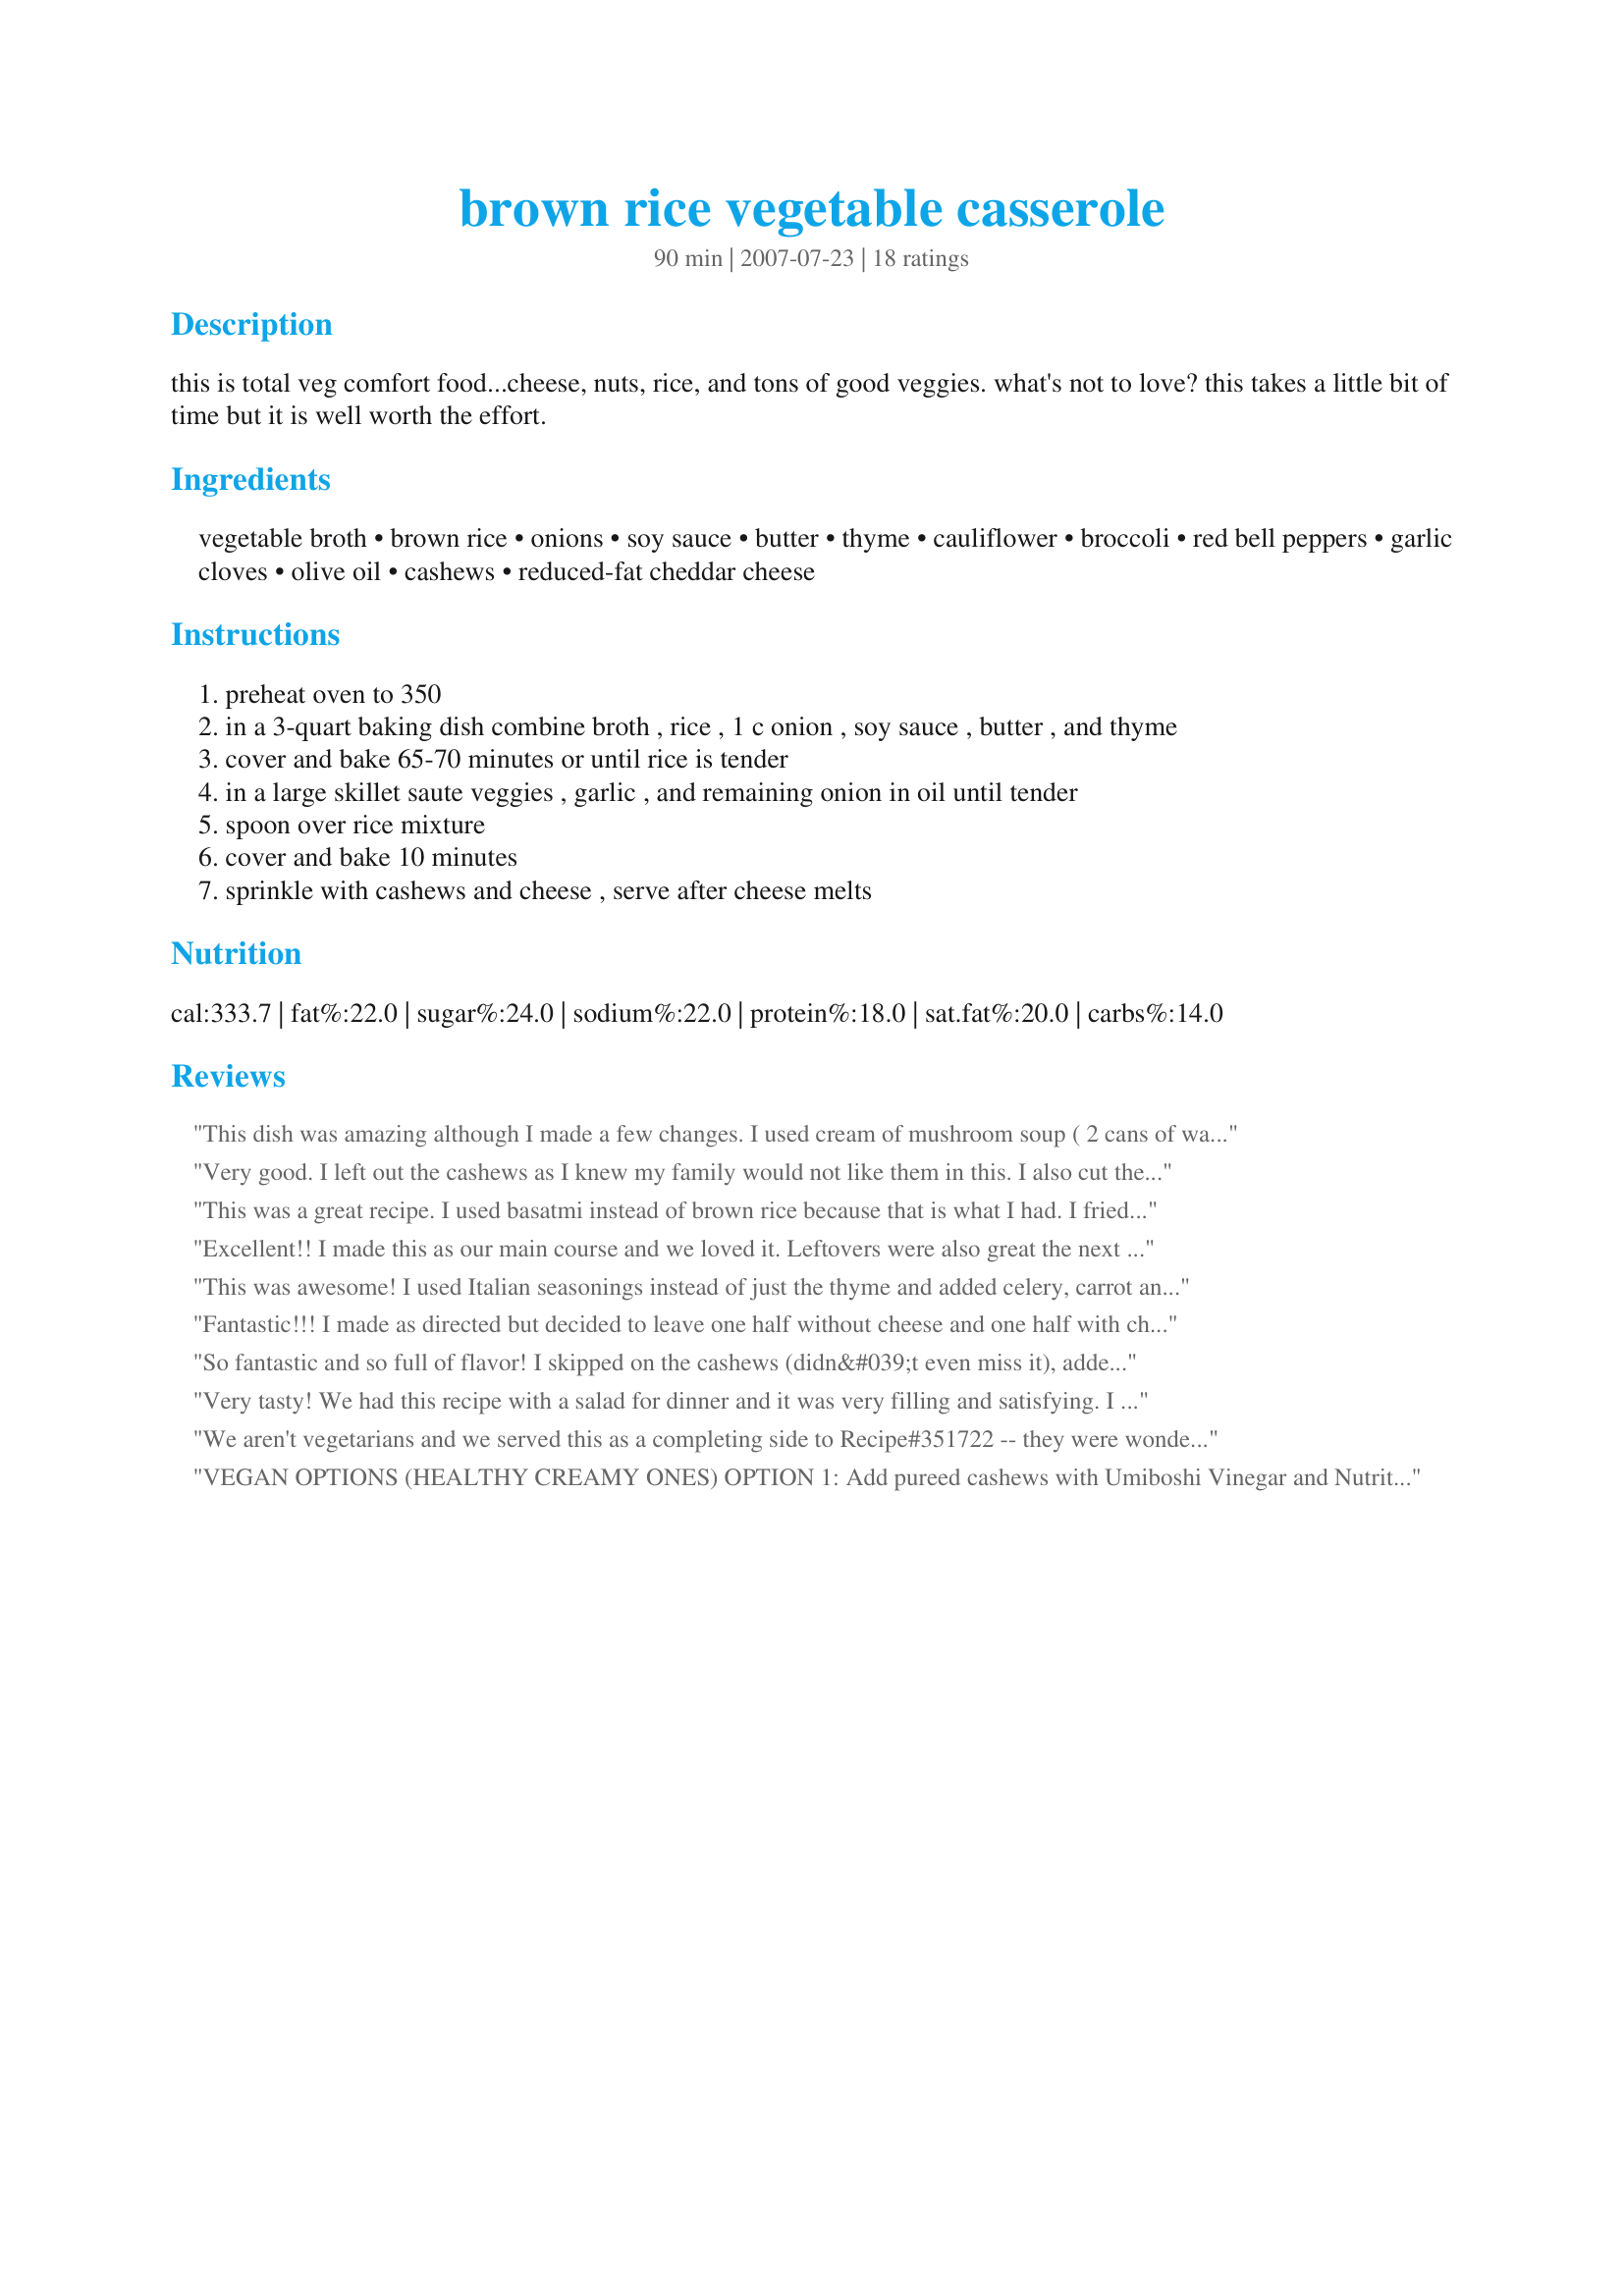
brown rice vegetable casserole
Preparation time: 90 minutes

this is total veg comfort food...cheese, nuts, rice, and tons of good veggies. what's not to love? this takes a little bit of time but it is well worth the effort.

Ingredients:
vegetable broth, brown rice, onions, soy sauce, butter, thyme, cauliflower, broccoli, red bell peppers, garlic cloves, olive oil, cashews, reduced-fat cheddar cheese

Steps:
preheat oven to 350
in a 3-quart baking dish combine broth , rice , 1 c onion , soy sauce , butter , and thyme
cover and bake 65-70 minutes or until rice is tender
in a large skillet saute veggies , garlic , and remaining onion in oil until tender
spoon over rice mixture
cover and bake 10 minutes
sprinkle with cashews and cheese , serve after cheese melts

Reviews:
This dish was amazing although I made a few changes. <br/>I used cream of mushroom soup ( 2 cans of water) instead of the vegetable broth and,<br/>I didn't use soy sauce, cauliflower, broccoli, red peppers or cashews lol (I used celery, carrots, onions, and green pepper) I also broke down and added some beef polska keilsaba for flavor even though I originaly wanted to make this a vegetarian dish. It turned out very good and so savory! I tend to go overboard with the cheese a lot of the time but this time I was sparse and it didnt overpower everything else.. Will deff. make again!!
Very good. I left out the cashews as I knew my family would not like them in this. I also cut the recipe in half. We enjoyed this as a side dish and then I took the leftovers for lunch and they reheated nicely. Made for Spring PAC 2010.
This was a great recipe. I used basatmi instead of brown rice because that is what I had. I fried the rice with the butter, thyme and onions for a few minutes first before adding the chicken stock. Only took about 15 minutes. The veggies are great because you can always substitute whatever you have in the fridge. I saut&eacute;ed bell pepper, carrots, celery, garlic and mushrooms into the rice and then put everything in a casserole dish. Only a little shredded cheese is needed. Very flavorful dish.
Excellent!! I made this as our main course and we loved it. Leftovers were also great the next day.
This was awesome! I used Italian seasonings instead of just the thyme and added celery, carrot and kidney beans to the veg mixture. I might leave off the cheese next time. It wasn't bad with the cheese, but it didn't really seem to add too much to the overall flavor. This was really easy to make, mostly hands off. I put the rice in the oven then chopped the veg and sauteed starting about 10 minutes before the rice was done. DBF wishes it didn't take so long to prepare so that we could have it more often. As it stands, this is a Sunday night dinner. Thanks so much for sharing!
Fantastic!!! I made as directed but decided to leave one half without cheese and one half with cheese. I actually liked it without cheese better. The veggies are absolutely delicious mixed in with the rice. I cooked my veggies for about 15 - 20 min. to get them browned (I like mine done that way). The cashews put this recipe over the top! This makes a lot and I'm glad because I'll be using the leftovers for my lunch! Thank you for a great recipe.
So fantastic and so full of flavor! I skipped on the cashews (didn&#039;t even miss it), added zucchini, and used Uncle Ben&#039;s long grain rice instead of brown. My husband and I loved it. Such a wonderful healthy comfort food and very easy to switch the veggies up.
Very tasty! We had this recipe with a salad for dinner and it was very filling and satisfying. I will definitely make this again.
We aren't vegetarians and we served this as a completing side to Recipe#351722 -- they were wonderful together. One of us doesn't care for cashews so we used slivered almonds, and cut the veggies more coarsely than s.v. probably intended. With all that, we loved this, especially the flavor of the rice itself. Colorful, too! Made for Market Tag, Feb. 09.
VEGAN OPTIONS (HEALTHY CREAMY ONES) OPTION 1: Add pureed cashews with Umiboshi Vinegar and Nutritional Yeast as a creamy sauce through the vegetables. (All ok for yeast intolerant people as the vinegar is not a real vinegar and the Yeast is deactivated, both are greatly nutritional.) OPTION 2: Add pureed organic TOFU, 1 tbs Hulled (not as bitter as Unhulled) Tahini Sauce, Nutritional yeast and Umiboshi Vinegar (to salt it, Spiralfoods makes it only) to vegetables to make it creamy. I added a hand full of chopped fresh dill and it was perfect! I also ran out of broccoli, had no capsicum and so put in kale instead with heaps of cauliflower and still perfect. I swapped out the butter for 2 Tbl Organic olive oil and yep...awesome! I don't know the portion sizes of everything as I work quick and by taste so I don't really measure. I think overall I liked this one more than the cashew one, though that was awesome too. (BTW - I just wrote a review for this before and am pretty sure it ended up at a different recipe, somehow a different recipe came up after I clicked to publish it, so hear it is...again!)
This was very good. I added some black beans to the rice after it was cooked so that we could have extra protein as this was the only dish we had. My husband, who isn't much of a fan of brown rice went back for seconds. Will definetly make again. Thanks for posting!
This is a good, easy, base recipe you can easily adapt to the veggies you have on hand. I made it easier by cooking the rice in a rice cooker. I also halved the onion as my kids are quite picky. Even my largest saute pan couldn't handle such a large amount of veggies, so I opted to roast them first. All in all it was a hit, but sorry for the TMI it gave us all bad gas. Even that being said I'll make it again.
Thank you for posting this wonderful dish. I made it for company served with chicken and everyone had seconds. Using a rice cooker made this dish a breeze! I didn't have any onions so I just used more garlic. I cut down on the cheese and butter too (although I am sure it is even better with the full amount of cheese!). I'm looking forward to making this again with even more veggies... maybe carrot, water chestnut and snow peas! Thanks again, you've got a real winner here. :)
Now, I liked the cheese!
I did some advance preparation here, I cooked the rice as per steps 1 and 2. Then I cooled it in the casserole overnight.

The next evening, I completed step 3, fluffed up the rice and spooned the veggies over, and completed step 4.

My family doesn't always enjoy brown rice due to its crunchy texture, like this it was well-cooked and extremely tasty, and it didn't take long to prepare for a Monday night supper!

Much enjoyed, thank you!

Made for Veg'n swap, January 2009
My family really enjoyed it. I would make it again. Thank you for sharing!
Wonderful recipe! It was a little difficult to get all the vegetables in the skillet, and I used a 12&quot; one. Very tasty and healthy. Family enjoyed it, too.
A tasty vegetarian dish loved also by the meat eaters in our family. I roasted off organic onion, carrot, green bean,broccoli & carrot and only used a small sprinkling of cheese.<br/>The leftovers were also enjoyed cold in the next days lunchbox.
Good side dish. I only made half a recipe and I had to cook it longer than stated but good. Didn't add cheese but may next time.
